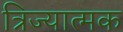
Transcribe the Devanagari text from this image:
त्रिज्यात्मक